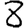
Digit: 8